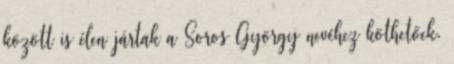
között is élen jártak a Soros György nevéhez köthetőek.